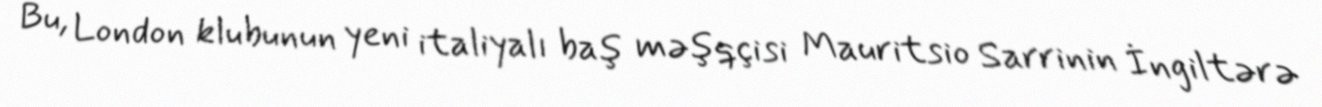
Bu, London klubunun yeni italiyalı baş məşqçisi Mauritsio Sarrinin İngiltərə